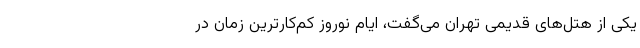
یکی از هتل‌های قدیمی تهران می‌گفت، ایام نوروز کم‌کارترین زمان در